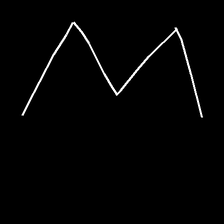
Glyph: crush